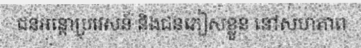
ជនអន្តោប្រវេសន៍ និងជនភៀសខ្លួន នៅសហភាព